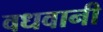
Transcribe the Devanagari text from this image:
वधवानी